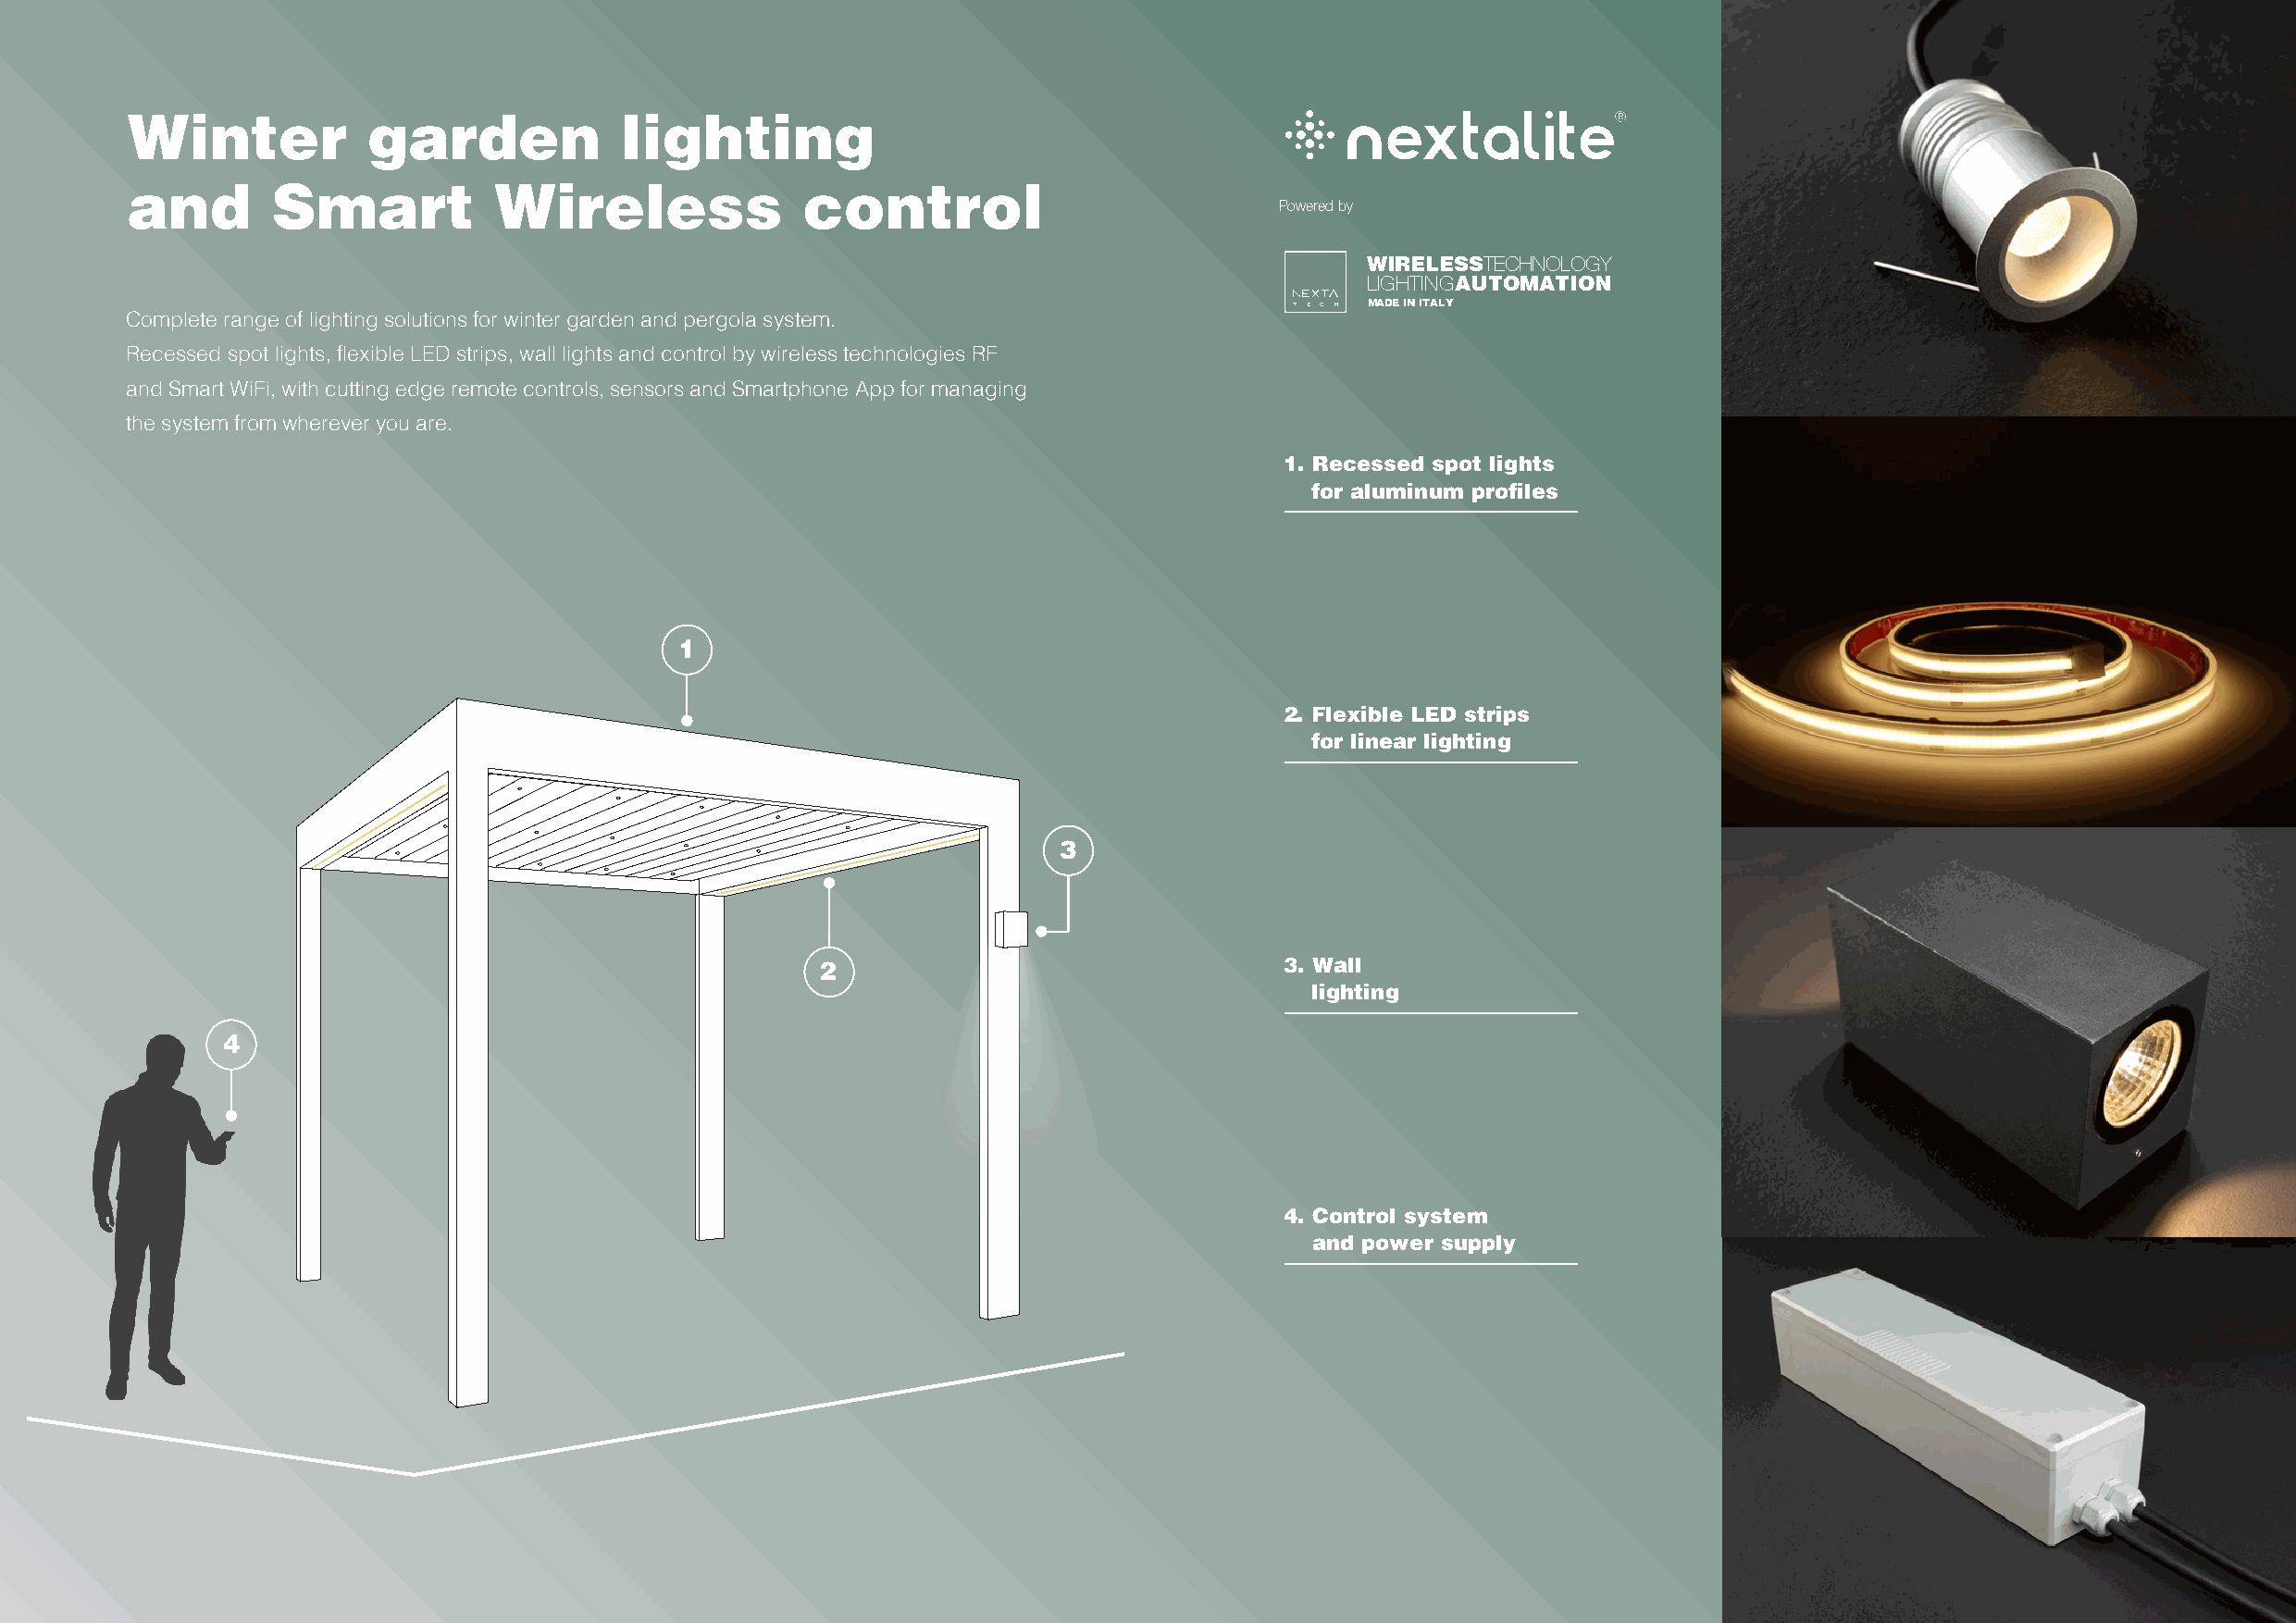
Winter           garden            lighting
 and       Smart           Wireless              control
 Powered by
 WIRELESSTECHNOLOGY
 LIGHTINGAUTOMATION
 MADE IN ITALY
 Complete range of lighting solutions for winter garden and pergola system.
 Recessed spot lights, flexible LED strips, wall lights and control by wireless technologies RF
 and Smart WiFi, with cutting edge remote controls, sensors and Smartphone App for managing
 the system from wherever you are.
 1. Recessed spot lights
 for aluminum profiles
 1
 2. Flexible LED strips
 for linear lighting
 3
 2                                3. Wall
 lighting
 4
 4. Control system
 and power supply